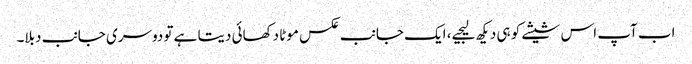
اب آپ اس شیشے کو ہی دیکھ لیجیے، ایک جانب عکس موٹا دکھائی دیتا ہے تو دوسری جانب دبلا۔